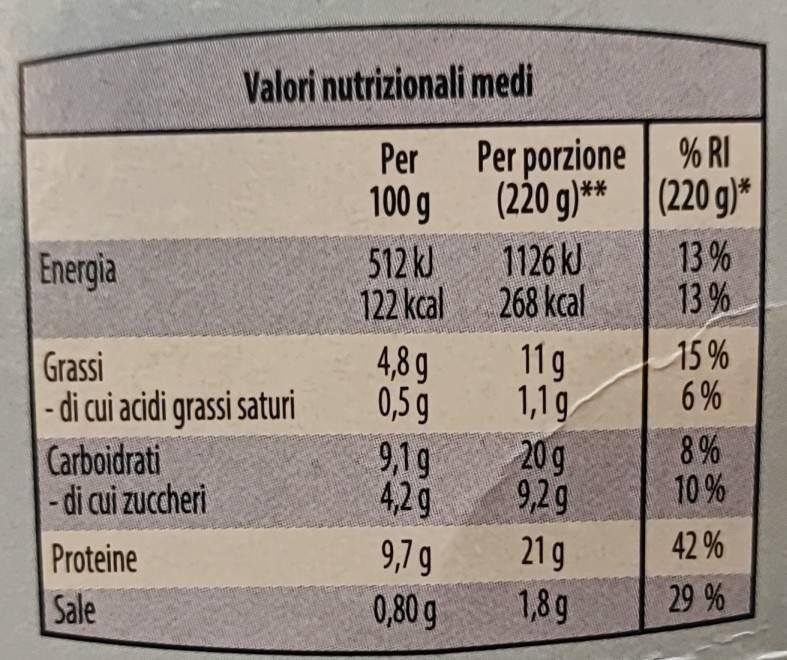
Energia
Grassi
- di cui acidi grassi saturi
Carboidrati
- di cui zuccheri
Valori nutrizionali
Per 100 g
Proteine Sale
512 kJ
122 kcal
4,8 q
0,5 g
9,1g
4,2 g
9,7 g
0,80 g
medi
Per porzione (220 g)**
1126 kJ
268 kcal
11g
1,1 g
20 g
9,2 g
21g
1,8g
% RI (220 g)*
13%
13%
15%
6%
8%
10%
42%
29%